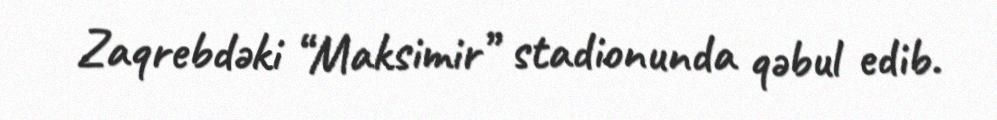
Zaqrebdəki “Maksimir” stadionunda qəbul edib.